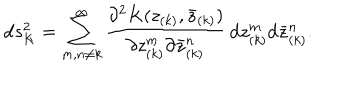
LaTeX: \mathrm { d } s _ { K } ^ { 2 } = \sum _ { m , n \neq k } ^ { \infty } { \frac { \partial ^ { 2 } K ( z _ { ( k ) } , { \bar { z } } _ { ( k ) } ) } { \partial z _ { ( k ) } ^ { m } \partial { \bar { z } } _ { ( k ) } ^ { n } } } \, \mathrm { d } z _ { ( k ) } ^ { m } \mathrm { d } { \bar { z } } _ { ( k ) } ^ { n } .